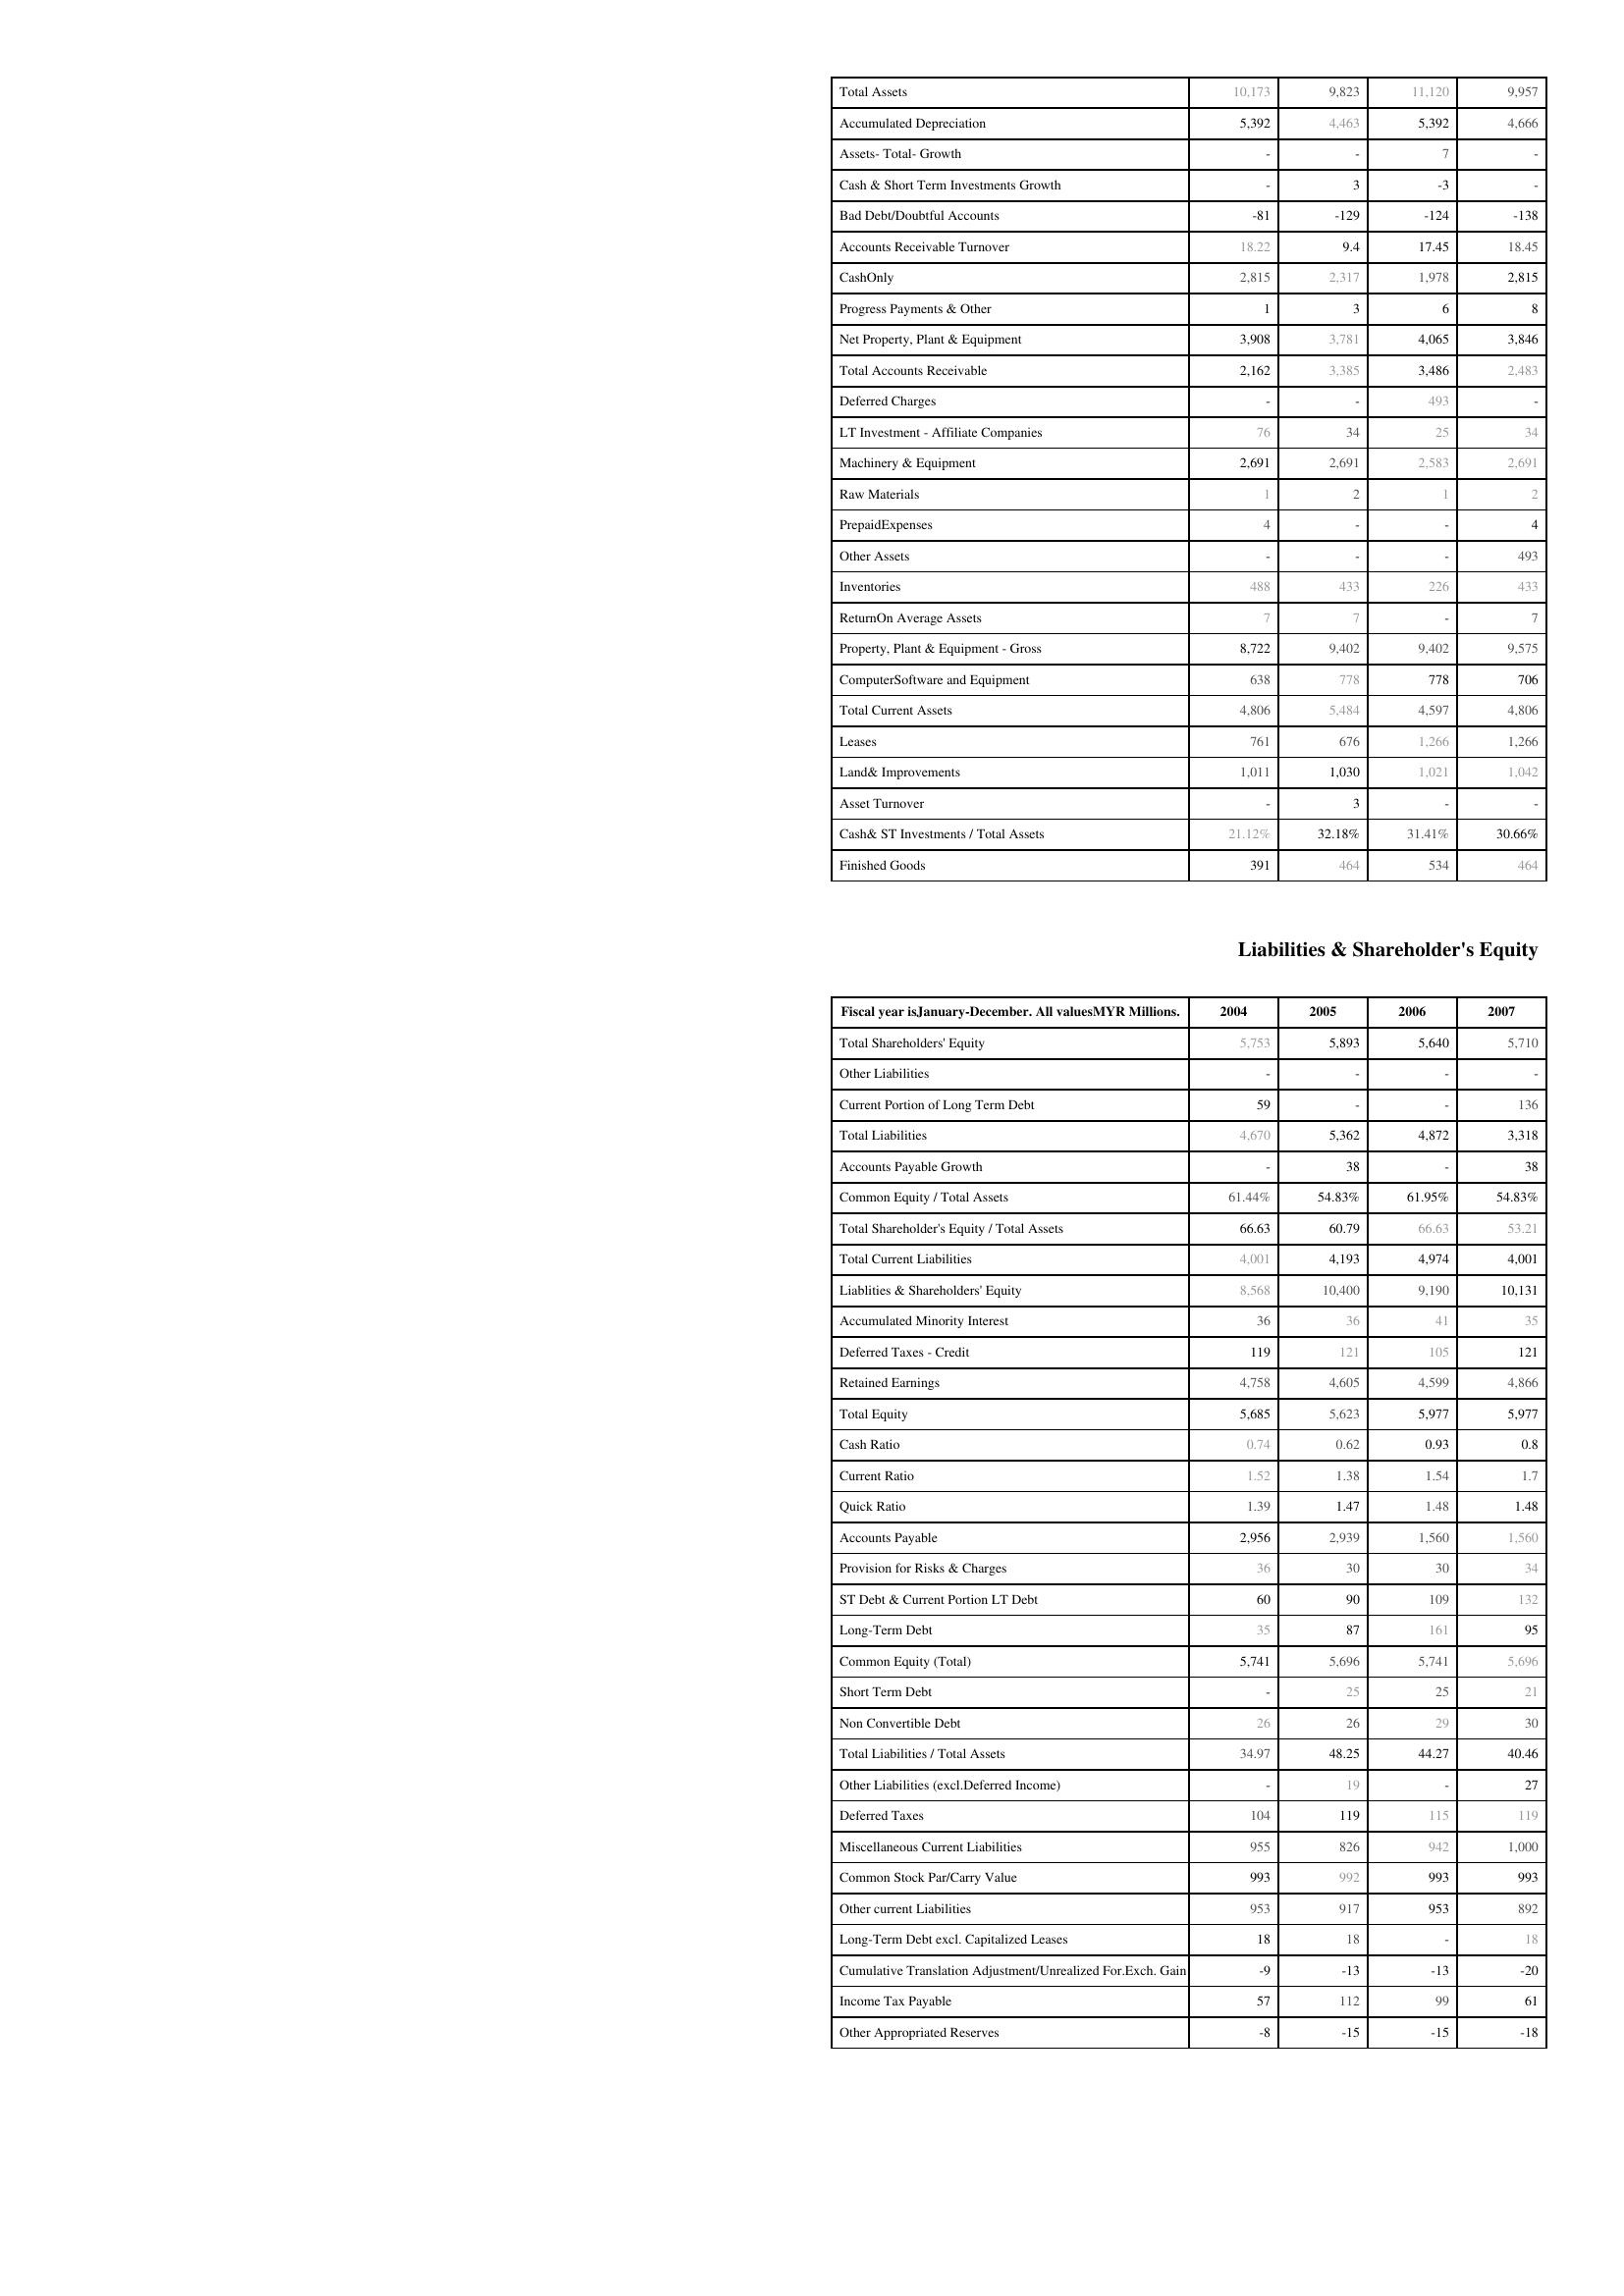
2004: Assets: Total Assets: 10,173
Accumulated Depreciation: 5,392
Assets- Total- Growth: -
Cash & Short Term Investments Growth: -
Bad Debt/Doubtful Accounts: -81
Accounts Receivable Turnover: 18.22
CashOnly: 2,815
Progress Payments & Other: 1
Net Property, Plant & Equipment: 3,908
Total Accounts Receivable: 2,162
Deferred Charges: -
LT Investment - Affiliate Companies: 76
Machinery & Equipment: 2,691
Raw Materials: 1
PrepaidExpenses: 4
Other Assets: -
Inventories: 488
ReturnOn Average Assets: 7
Property, Plant & Equipment - Gross : 8,722
ComputerSoftware and Equipment: 638
Total Current Assets: 4,806
Leases: 761
Land& Improvements: 1,011
Asset Turnover: -
Cash& ST Investments / Total Assets: 21.12%
Finished Goods: 391
Liabilities & Shareholder's Equity: Total Shareholders' Equity: 5,753
Other Liabilities: -
Current Portion of Long Term Debt: 59
Total Liabilities: 4,670
Accounts Payable Growth: -
Common Equity / Total Assets: 61.44%
Total Shareholder's Equity / Total Assets: 66.63
Total Current Liabilities: 4,001
Liablities & Shareholders' Equity: 8,568
Accumulated Minority Interest: 36
Deferred Taxes - Credit: 119
Retained Earnings: 4,758
Total Equity: 5,685
Cash Ratio: 0.74
Current Ratio: 1.52
Quick Ratio: 1.39
Accounts Payable: 2,956
Provision for Risks & Charges: 36
ST Debt & Current Portion LT Debt: 60
Long-Term Debt: 35
Common Equity (Total): 5,741
Short Term Debt: -
Non Convertible Debt: 26
Total Liabilities / Total Assets: 34.97
Other Liabilities (excl.Deferred Income): -
Deferred Taxes: 104
Miscellaneous Current Liabilities: 955
Common Stock Par/Carry Value: 993
Other current Liabilities: 953
Long-Term Debt excl. Capitalized Leases: 18
Cumulative Translation Adjustment/Unrealized For.Exch. Gain: -9
Income Tax Payable: 57
Other Appropriated Reserves: -8
2005: Assets: Total Assets: 9,823
Accumulated Depreciation: 4,463
Assets- Total- Growth: -
Cash & Short Term Investments Growth: 3
Bad Debt/Doubtful Accounts: -129
Accounts Receivable Turnover: 9.4
CashOnly: 2,317
Progress Payments & Other: 3
Net Property, Plant & Equipment: 3,781
Total Accounts Receivable: 3,385
Deferred Charges: -
LT Investment - Affiliate Companies: 34
Machinery & Equipment: 2,691
Raw Materials: 2
PrepaidExpenses: -
Other Assets: -
Inventories: 433
ReturnOn Average Assets: 7
Property, Plant & Equipment - Gross : 9,402
ComputerSoftware and Equipment: 778
Total Current Assets: 5,484
Leases: 676
Land& Improvements: 1,030
Asset Turnover: 3
Cash& ST Investments / Total Assets: 32.18%
Finished Goods: 464
Liabilities & Shareholder's Equity: Total Shareholders' Equity: 5,893
Other Liabilities: -
Current Portion of Long Term Debt: -
Total Liabilities: 5,362
Accounts Payable Growth: 38
Common Equity / Total Assets: 54.83%
Total Shareholder's Equity / Total Assets: 60.79
Total Current Liabilities: 4,193
Liablities & Shareholders' Equity: 10,400
Accumulated Minority Interest: 36
Deferred Taxes - Credit: 121
Retained Earnings: 4,605
Total Equity: 5,623
Cash Ratio: 0.62
Current Ratio: 1.38
Quick Ratio: 1.47
Accounts Payable: 2,939
Provision for Risks & Charges: 30
ST Debt & Current Portion LT Debt: 90
Long-Term Debt: 87
Common Equity (Total): 5,696
Short Term Debt: 25
Non Convertible Debt: 26
Total Liabilities / Total Assets: 48.25
Other Liabilities (excl.Deferred Income): 19
Deferred Taxes: 119
Miscellaneous Current Liabilities: 826
Common Stock Par/Carry Value: 992
Other current Liabilities: 917
Long-Term Debt excl. Capitalized Leases: 18
Cumulative Translation Adjustment/Unrealized For.Exch. Gain: -13
Income Tax Payable: 112
Other Appropriated Reserves: -15
2006: Assets: Total Assets: 11,120
Accumulated Depreciation: 5,392
Assets- Total- Growth: 7
Cash & Short Term Investments Growth: -3
Bad Debt/Doubtful Accounts: -124
Accounts Receivable Turnover: 17.45
CashOnly: 1,978
Progress Payments & Other: 6
Net Property, Plant & Equipment: 4,065
Total Accounts Receivable: 3,486
Deferred Charges: 493
LT Investment - Affiliate Companies: 25
Machinery & Equipment: 2,583
Raw Materials: 1
PrepaidExpenses: -
Other Assets: -
Inventories: 226
ReturnOn Average Assets: -
Property, Plant & Equipment - Gross : 9,402
ComputerSoftware and Equipment: 778
Total Current Assets: 4,597
Leases: 1,266
Land& Improvements: 1,021
Asset Turnover: -
Cash& ST Investments / Total Assets: 31.41%
Finished Goods: 534
Liabilities & Shareholder's Equity: Total Shareholders' Equity: 5,640
Other Liabilities: -
Current Portion of Long Term Debt: -
Total Liabilities: 4,872
Accounts Payable Growth: -
Common Equity / Total Assets: 61.95%
Total Shareholder's Equity / Total Assets: 66.63
Total Current Liabilities: 4,974
Liablities & Shareholders' Equity: 9,190
Accumulated Minority Interest: 41
Deferred Taxes - Credit: 105
Retained Earnings: 4,599
Total Equity: 5,977
Cash Ratio: 0.93
Current Ratio: 1.54
Quick Ratio: 1.48
Accounts Payable: 1,560
Provision for Risks & Charges: 30
ST Debt & Current Portion LT Debt: 109
Long-Term Debt: 161
Common Equity (Total): 5,741
Short Term Debt: 25
Non Convertible Debt: 29
Total Liabilities / Total Assets: 44.27
Other Liabilities (excl.Deferred Income): -
Deferred Taxes: 115
Miscellaneous Current Liabilities: 942
Common Stock Par/Carry Value: 993
Other current Liabilities: 953
Long-Term Debt excl. Capitalized Leases: -
Cumulative Translation Adjustment/Unrealized For.Exch. Gain: -13
Income Tax Payable: 99
Other Appropriated Reserves: -15
2007: Assets: Total Assets: 9,957
Accumulated Depreciation: 4,666
Assets- Total- Growth: -
Cash & Short Term Investments Growth: -
Bad Debt/Doubtful Accounts: -138
Accounts Receivable Turnover: 18.45
CashOnly: 2,815
Progress Payments & Other: 8
Net Property, Plant & Equipment: 3,846
Total Accounts Receivable: 2,483
Deferred Charges: -
LT Investment - Affiliate Companies: 34
Machinery & Equipment: 2,691
Raw Materials: 2
PrepaidExpenses: 4
Other Assets: 493
Inventories: 433
ReturnOn Average Assets: 7
Property, Plant & Equipment - Gross : 9,575
ComputerSoftware and Equipment: 706
Total Current Assets: 4,806
Leases: 1,266
Land& Improvements: 1,042
Asset Turnover: -
Cash& ST Investments / Total Assets: 30.66%
Finished Goods: 464
Liabilities & Shareholder's Equity: Total Shareholders' Equity: 5,710
Other Liabilities: -
Current Portion of Long Term Debt: 136
Total Liabilities: 3,318
Accounts Payable Growth: 38
Common Equity / Total Assets: 54.83%
Total Shareholder's Equity / Total Assets: 53.21
Total Current Liabilities: 4,001
Liablities & Shareholders' Equity: 10,131
Accumulated Minority Interest: 35
Deferred Taxes - Credit: 121
Retained Earnings: 4,866
Total Equity: 5,977
Cash Ratio: 0.8
Current Ratio: 1.7
Quick Ratio: 1.48
Accounts Payable: 1,560
Provision for Risks & Charges: 34
ST Debt & Current Portion LT Debt: 132
Long-Term Debt: 95
Common Equity (Total): 5,696
Short Term Debt: 21
Non Convertible Debt: 30
Total Liabilities / Total Assets: 40.46
Other Liabilities (excl.Deferred Income): 27
Deferred Taxes: 119
Miscellaneous Current Liabilities: 1,000
Common Stock Par/Carry Value: 993
Other current Liabilities: 892
Long-Term Debt excl. Capitalized Leases: 18
Cumulative Translation Adjustment/Unrealized For.Exch. Gain: -20
Income Tax Payable: 61
Other Appropriated Reserves: -18